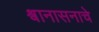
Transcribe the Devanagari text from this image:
श्वानासनाचे